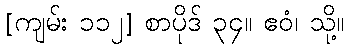
[ကျမ်း ၁၁၂] စာပိုဒ် ၃၄။ ဧဝံ၊ သို့။